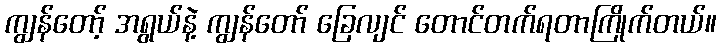
ကျွန်တော့် အရွယ်နဲ့ ကျွန်တော် ခြေလျင် တောင်တက်ရတာကြိုက်တယ်။